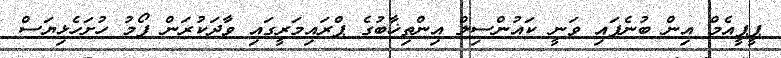
ޕީޕީއެމް އިން ބުނެފައި ވަނީ ކައުންސިލް އިންތިޚާބުގެ ޕްރައިމަރީގައި ވާދަކުރަން ފޯމު ހުށަހެޅިޔަސް